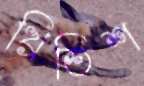
খ্রিতিশ